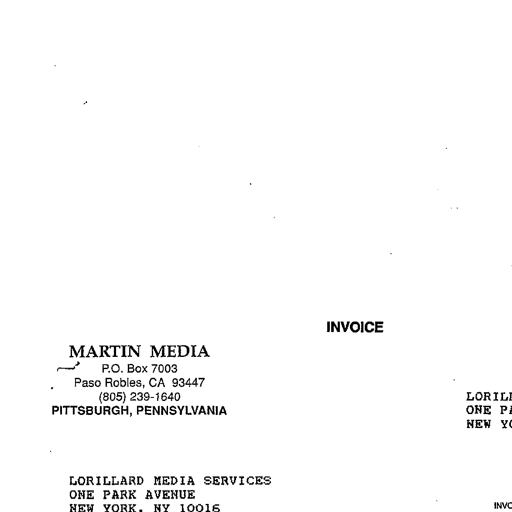
INVOICE
MARTIN MEDIA
P.O. Box 7003
Paso Robles, CA 93447
(805) 239-1640
PITTSBURGH, PENNSYLVANIA
LORILLARD MEDIA SERVICES
ONE PARK AVENUE
NEW YORK, NY 10016
LORILLARD MEDIA SERVICES
ONE PARK AVENUE
NEW YORK, NY 10016
INVOICE